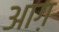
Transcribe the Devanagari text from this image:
आग़